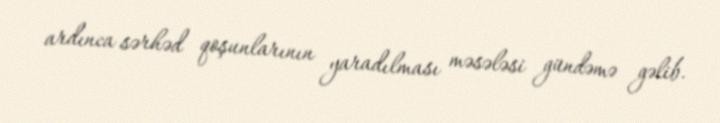
ardınca sərhəd qoşunlarının yaradılması məsələsi gündəmə gəlib.